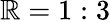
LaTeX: \mathbb{R}=1:3